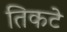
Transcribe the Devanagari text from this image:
तिकटे